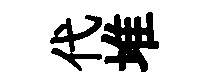
代堆